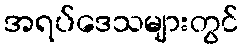
အရပ်ဒေသများတွင်